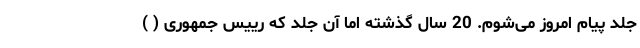
جلد پیام امروز می‌شوم. 20 سال گذشته اما آن جلد که رییس جمهوری ( )